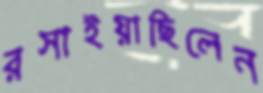
রসাইয়াছিলেন